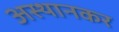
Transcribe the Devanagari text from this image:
अस्थानकर